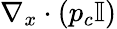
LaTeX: \nabla_{x}\cdot\left(p_{c}\mathbb{I}\right)